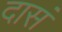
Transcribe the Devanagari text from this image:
दासं